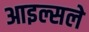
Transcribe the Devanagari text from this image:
आइल्सले